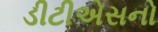
ડીટીએસનો